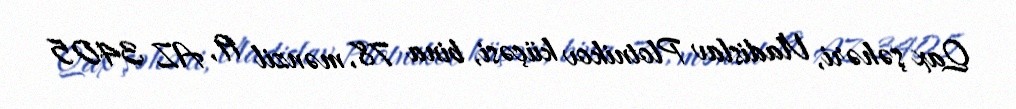
Qax şəhəri, Vladislav Plotnikov küçəsi, bina 78, mənzil 19, AZ 3405